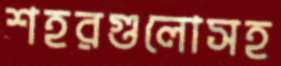
শহরগুলোসহ